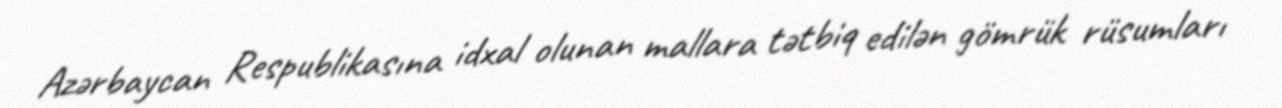
Azərbaycan Respublikasına idxal olunan mallara tətbiq edilən gömrük rüsumları